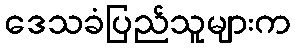
ဒေသခံပြည်သူများက